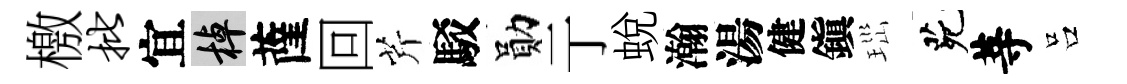
檄批宜棹薩回芹駁勛亍蛻瀚湯健鎭𤤼茕䓁吕